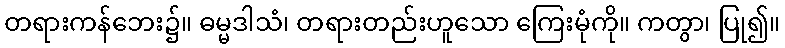
တရားကန်ဘေး၌။ ဓမ္မဒါသံ၊ တရားတည်းဟူသော ကြေးမုံကို။ ကတွာ၊ ပြု၍။